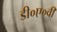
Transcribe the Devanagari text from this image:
डी०ए०वी